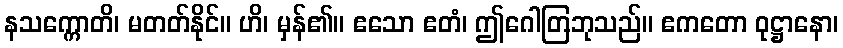
နသက္ကောတိ၊ မတတ်နိုင်။ ဟိ၊ မှန်၏။ ဧသော ဧတံ၊ ဤဂေါတြဘုသည်။ ဧကတော ဝုဋ္ဌာနော၊